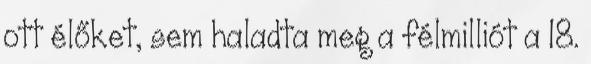
ott élőket, sem haladta meg a félmilliót a 18.